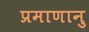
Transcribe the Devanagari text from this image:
प्रमाणानु